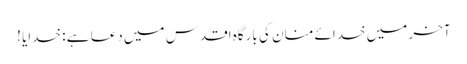
آخر میں خدائے منان کی بارگاہ اقدس میں دعا ہے : خدایا !